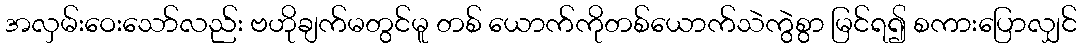
အလှမ်းဝေးသော်လည်း ဗဟိုချက်မတွင်မူ တစ် ယောက်ကိုတစ်ယောက်သဲကွဲစွာ မြင်ရ၍ စကားပြောလျှင်